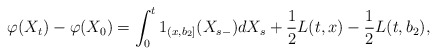
\begin{align*}\varphi(X_t)-\varphi(X_0)=\int_0^t 1_{(x,b_2]}(X_{s-})dX_s+\frac{1}{2}L(t,x)-\frac{1}{2}L(t,b_2),\end{align*}